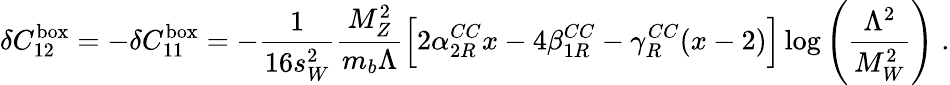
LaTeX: \delta C_{12}^{\mathrm{box}}=-\delta C_{11}^{\mathrm{box}}=-\frac{1}{16s_{W}^{2}}\frac{M_{Z}^{2}}{m_{b}\Lambda}\Bigl[2\alpha_{2R}^{CC}x-4\beta_{1R}^{CC}-\gamma_{R}^{CC}(x-2)\Bigr]\log\left(\frac{\Lambda^{2}}{M_{W}^{2}}\right)\; .